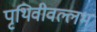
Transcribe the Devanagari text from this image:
पृथिवीवल्लभ